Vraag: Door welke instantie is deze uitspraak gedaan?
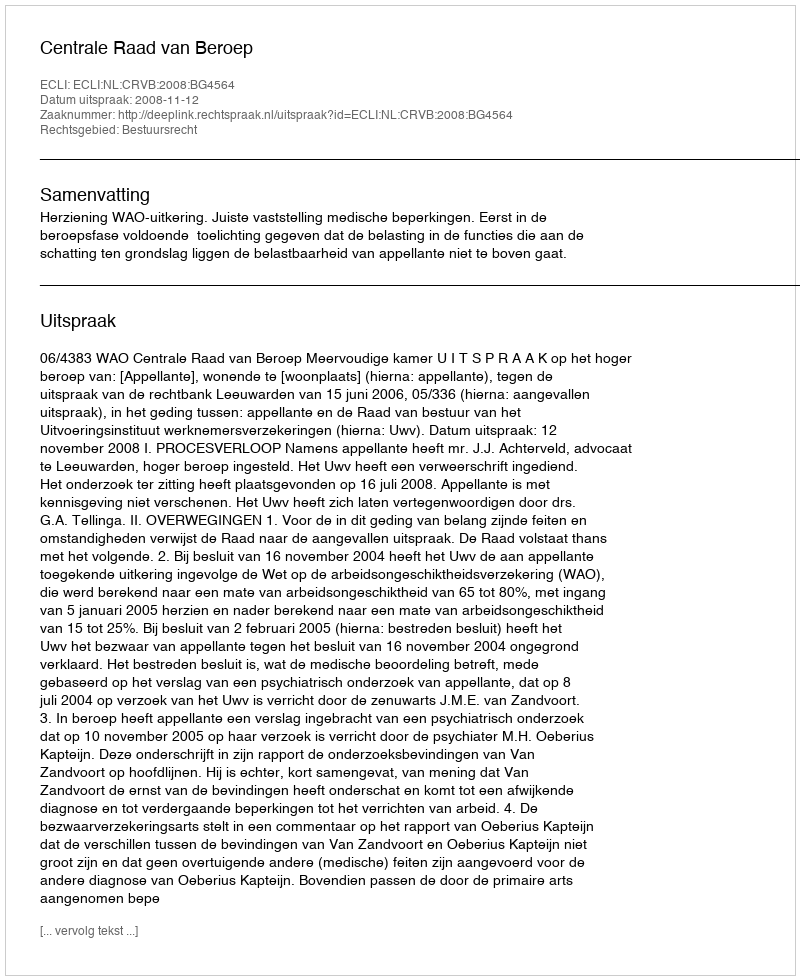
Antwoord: Centrale Raad van Beroep